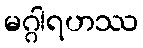
မဂ္ဂါရဟဿ